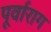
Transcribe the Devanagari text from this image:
पूर्वाराग